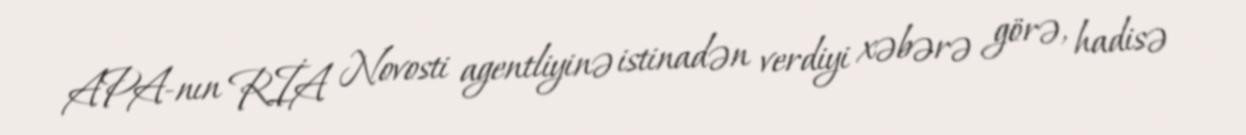
APA-nın RİA Novosti agentliyinə istinadən verdiyi xəbərə görə, hadisə